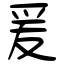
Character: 爰